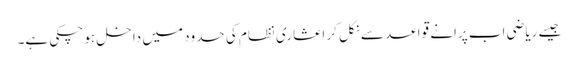
جیسے ریاضی اب پرانے قواعد سے نکل کر اعشاری نظام کی حدود میں داخل ہو چکی ہے۔